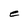
Character: e